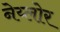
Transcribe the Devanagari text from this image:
नेय्लोर